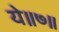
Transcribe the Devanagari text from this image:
ये॥७॥